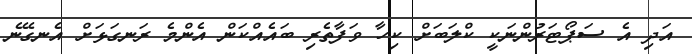
އަދި އެ ސަޕޯޓަރުންނަކީ ކްލަބަށް ކިހާ ވަފާތެރި ބައެއްކަން އެންމެ ރަނގަޅަށް އެނގޭނެ